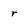
Character: r